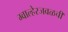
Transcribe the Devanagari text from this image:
ग्वाल्हेरजवळची